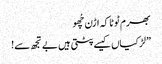
بھرم ٹوٹا کہ اڑن چُھو
” لڑکیاں کیسے پٹتی ہیں بے تجھ سے!